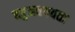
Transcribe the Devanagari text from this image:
बहुअवयवता